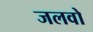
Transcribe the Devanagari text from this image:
जलवो